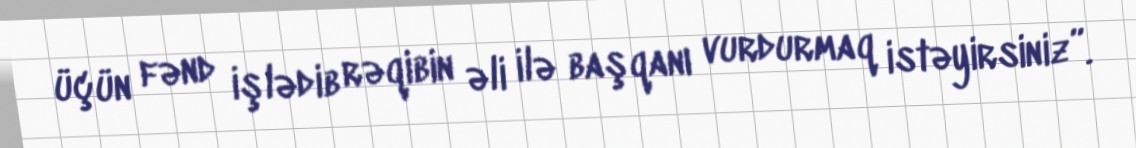
üçün fənd işlədib rəqibin əli ilə başqanı vurdurmaq istəyirsiniz”.